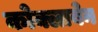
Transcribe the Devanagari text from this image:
कोक्लाबेन